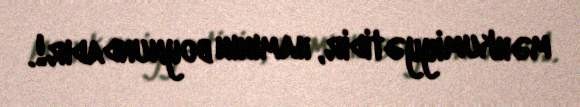
məhkumiyyətidir, hamının boynundadır!.